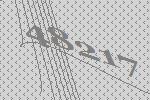
48217